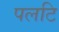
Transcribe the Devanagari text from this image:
पलटि